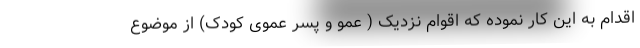
اقدام به این کار نموده که اقوام نزدیک ( عمو و پسر عموی کودک) از موضوع